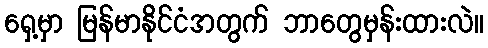
ရှေ့မှာ မြန်မာနိုင်ငံအတွက် ဘာတွေမှန်းထားလဲ။